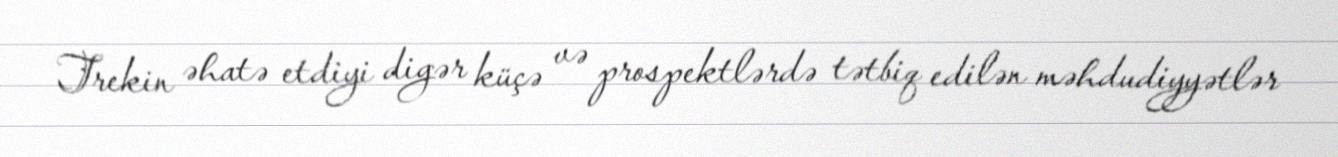
Trekin əhatə etdiyi digər küçə və prospektlərdə tətbiq edilən məhdudiyyətlər